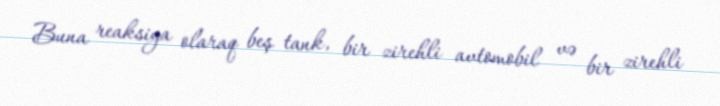
Buna reaksiya olaraq beş tank, bir zirehli avtomobil və bir zirehli